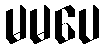
မမပေ